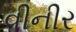
વીનીર